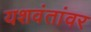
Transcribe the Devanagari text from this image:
यशवंतांवर